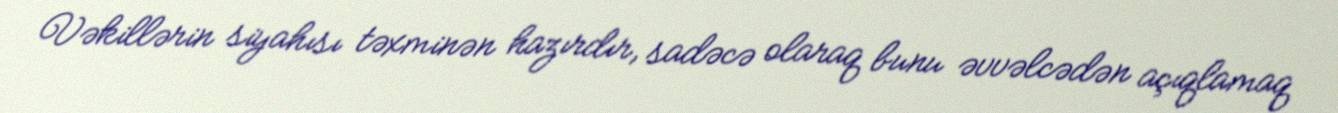
Vəkillərin siyahısı təxminən hazırdır, sadəcə olaraq bunu əvvəlcədən açıqlamaq